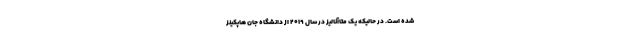
شده است. در حالیکه یک متاآنالیز در سال ۲۰۱۹ از دانشگاه جان هاپکینز